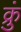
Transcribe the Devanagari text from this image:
क्रुं